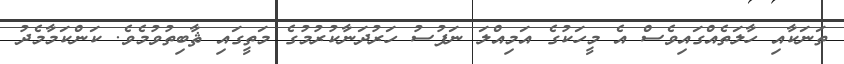
ތަނަކާއި ހާލަތެއްގައިވެސް އެ މީހަކުގެ އަމިއްލަ ނަފުސު ހަރުދަނާކުރުމުގެ މަތީގައި ޘާބިތުވުމެވެ. ކަންކަމާމެދު